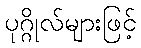
ပုဂ္ဂိုလ်များဖြင့်